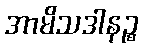
အာမိသဒါနဉ္စ